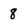
Character: 8